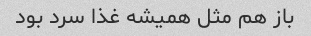
باز هم مثل همیشه غذا سرد بود